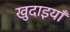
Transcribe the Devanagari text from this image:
खुदाइयाँ